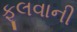
ફૂલવાની